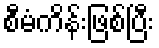
စီမံကိန်းဖြစ်ပြီး